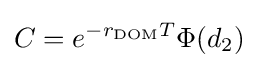
C=e^{-r_{\mathrm {DOM} }T}\Phi (d_{2})